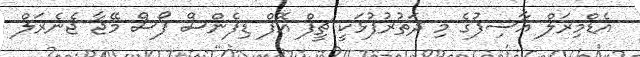
އެޑްމިރަލް އާސިފުގެ މި ދަތުރުފުޅަކީ ޗީފް އޮފް ޑިފެންސް ފޯސް މޭޖާ ޖެނެރަލް